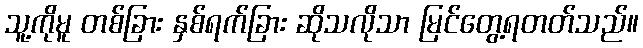
သူ့ကိုမူ တစ်ခြား နှစ်ရက်ခြား ဆိုသလိုသာ မြင်တွေ့ရတတ်သည်။